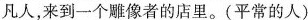
凡人，来到一个雕像者的店里。(平常的人)